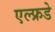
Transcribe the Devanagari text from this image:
एल्फ्रडे